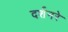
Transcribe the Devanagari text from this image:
दर्शनरे